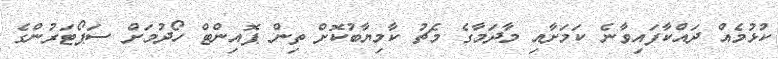
ކުޅުމެއް ދައްކާފައިވާނެ ކަމަށާއި މާދަމާގެ މެޗު ކާމިޔާބުކޮށް ތިން ޕޮއިންޓް ހޯދުމަށް ސަޕޯޓަރުންގެ